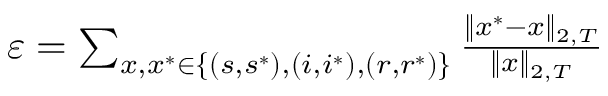
\begin{array} { r } { \varepsilon = \sum _ { x , x ^ { * } \in \{ ( s , s ^ { * } ) , ( i , i ^ { * } ) , ( r , r ^ { * } ) \} } { \frac { \Vert x ^ { * } - x \Vert _ { 2 , T } } { \Vert x \Vert _ { 2 , T } } } } \end{array}